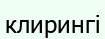
клирингі